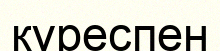
күреспен